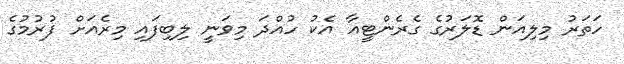
ހަތަރު މިލިއަން ޑޮލަރުގެ ގެރެންޓީއާ އެކު ހުއްދަ މިވަނީ ލިބިފައި މިރެއަށް ފުރުމުގެ